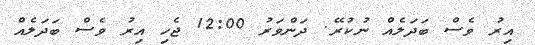
އިރު ވެސް ބަދަލެއް ނުކުރޭ. ދަންވަރު 12:00 ޖެހި އިރު ވެސް ބަދަލެއް